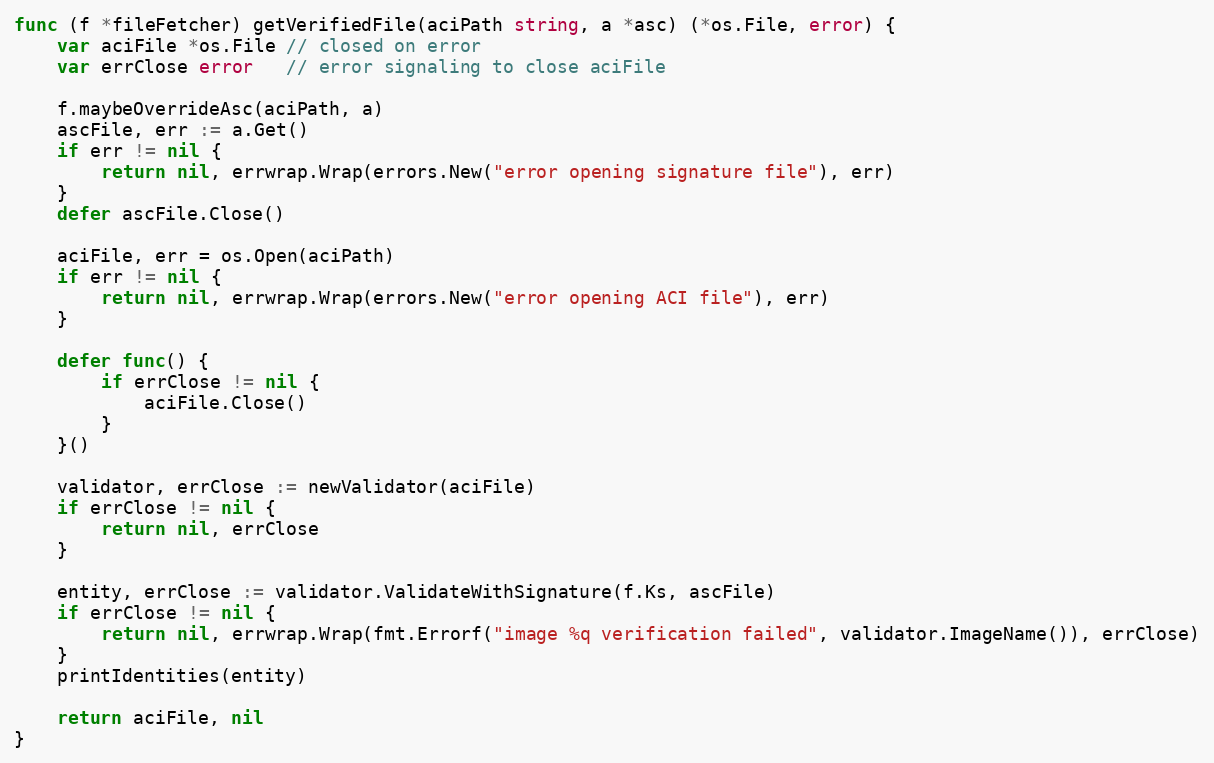
Language: Go
func (f *fileFetcher) getVerifiedFile(aciPath string, a *asc) (*os.File, error) {
	var aciFile *os.File // closed on error
	var errClose error   // error signaling to close aciFile

	f.maybeOverrideAsc(aciPath, a)
	ascFile, err := a.Get()
	if err != nil {
		return nil, errwrap.Wrap(errors.New("error opening signature file"), err)
	}
	defer ascFile.Close()

	aciFile, err = os.Open(aciPath)
	if err != nil {
		return nil, errwrap.Wrap(errors.New("error opening ACI file"), err)
	}

	defer func() {
		if errClose != nil {
			aciFile.Close()
		}
	}()

	validator, errClose := newValidator(aciFile)
	if errClose != nil {
		return nil, errClose
	}

	entity, errClose := validator.ValidateWithSignature(f.Ks, ascFile)
	if errClose != nil {
		return nil, errwrap.Wrap(fmt.Errorf("image %q verification failed", validator.ImageName()), errClose)
	}
	printIdentities(entity)

	return aciFile, nil
}